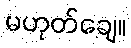
မဟုတ်ချေ။